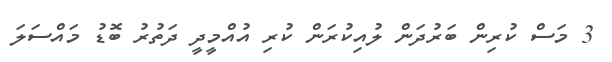
3 މަސް ކުރިން ބަރުދަން ލުއިކުރަން ކުރި އުއްމީދީ ދަތުރު ބޮޑު މައްސަލަ